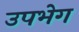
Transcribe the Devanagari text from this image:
उपभेग